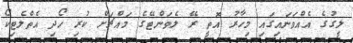
ލީގުގެ އެއްވަނައިގައި މިހާރު އޮތީ ރޭ ލެވަންޓޭގެ މައްޗަށް ކުރި ހޯދި އެތްލެޓިކޯ